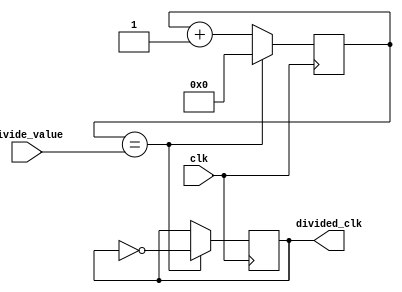
module clock_divider(
    input clk,
    input [7:0] divide_value,
    output reg divided_clk
);

reg [7:0] counter;

always@(posedge clk) begin
    if(counter == divide_value) begin
        counter <= 0;
        divided_clk <= ~divided_clk;
    end else begin
        counter <= counter + 1;
    end
end

endmodule